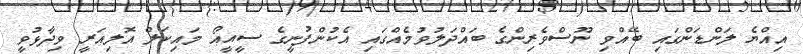
އިއްޔެ ލަންޑަންގައި ބޭއްވި ނޫސްވެރިންގެ ބައްދަލުވުމެއްގައި އެކުންފުނީގެ ސީއީއޯ މައިކަލް އޮލިއަރީ ވިދާޅުވީ